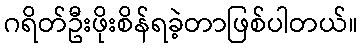
ဂရိတ်ဦးဖိုးစိန်ရခဲ့တာဖြစ်ပါတယ်။